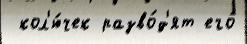
 кол'ю́чек разво́д'ят его́